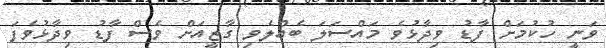
ވަނީ ހުކުމަށް ފާޑު ވިދާޅުވެ މައްސަލަ ބެއްލެވި ގާޒީއަށް ވެސް ފާޑު ވިދާޅުވެފަ